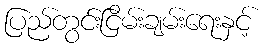
ပြည်တွင်းငြိမ်းချမ်းရေးနှင့်